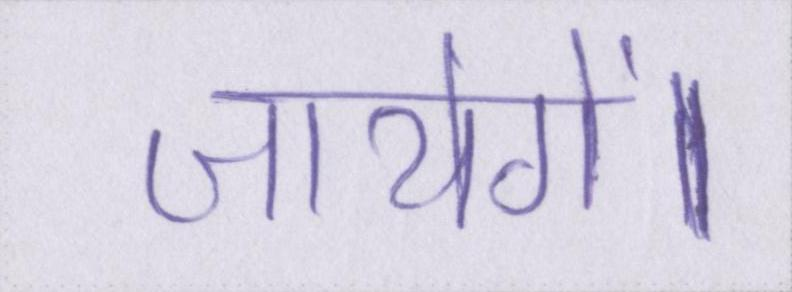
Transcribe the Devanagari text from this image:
जायेगें।